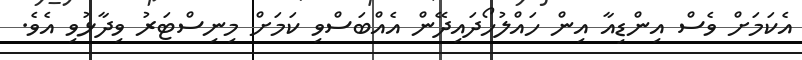
އެކަމަށް ވެސް އިންޑިއާ އިން ހައްލުހޯދައިދޭން އެއްބަސްވި ކަމަށް މިނިސްޓަރު ވިދާޅުވި އެވެ.